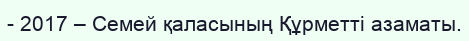
- 2017 – Семей қаласының Құрметті азаматы.